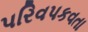
પરિવપકવતા